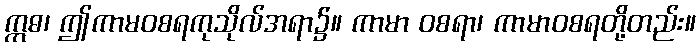
ဣဓ၊ ဤကာမဝစရကုသိုလ်အရာ၌။ ကာမာ ဝစရာ၊ ကာမာဝစရတို့တည်း။